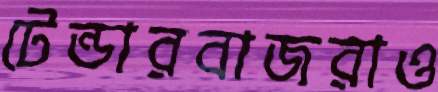
টেন্ডারবাজরাও